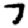
Digit: 7